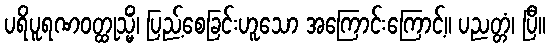
ပရိပူရဏဝတ္ထုသ္မိံ၊ ပြည့်စေခြင်းဟူသော အကြောင်းကြောင့်။ ပညတ္တံ၊ ပြီ။